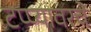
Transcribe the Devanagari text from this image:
टप्प्यावरचे